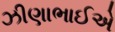
ઝીણાભાઈએ